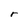
Character: r